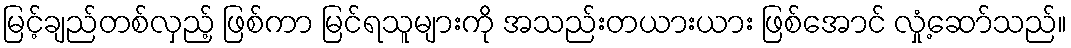
မြင့်ချည်တစ်လှည့် ဖြစ်ကာ မြင်ရသူများကို အသည်းတယားယား ဖြစ်အောင် လှုံ့ဆော်သည်။